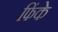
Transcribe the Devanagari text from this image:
फिंके